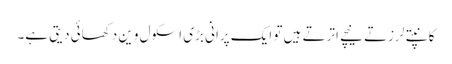
کانپتے لرزتے نیچے اترتے ہیں تو ایک پرانی بڑی اسکول وین دکھائی دیتی ہے۔